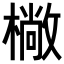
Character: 𣚿